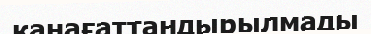
қанағаттандырылмады